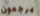
يرجعون